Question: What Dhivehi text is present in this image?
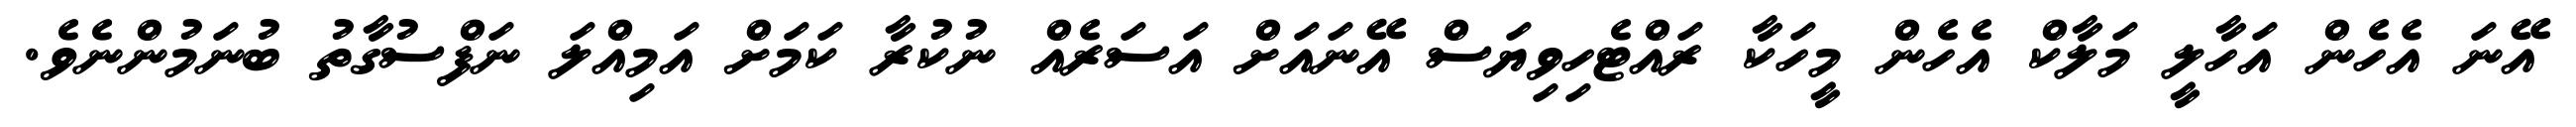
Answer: އޭނަ އެހެން އަހާލީ މަލާކް އެހެން މީހަކާ ރައްޓެހިވިޔަސް އޭނައަށް އަސަރެއް ނުކުރާ ކަމަށް އަމިއްލަ ނަފްސުގާތު ބުނަމުންނެވެ.